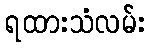
ရထားသံလမ်း